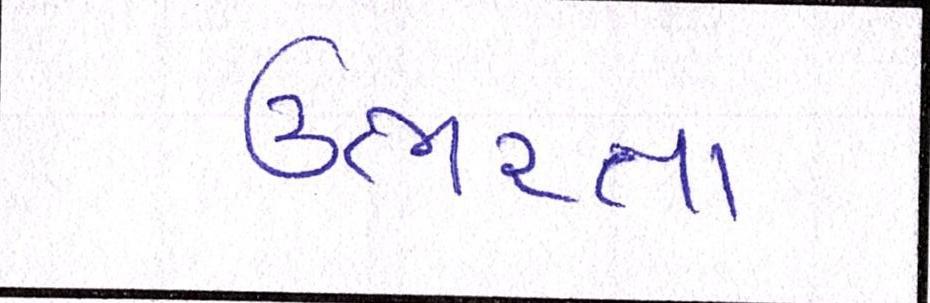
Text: ઊભરતા